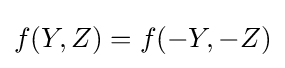
f(Y,Z)=f(-Y,-Z)